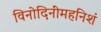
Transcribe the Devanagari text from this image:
विनोदिनींमहनिशं